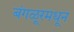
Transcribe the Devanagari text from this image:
बंगळूरमधून